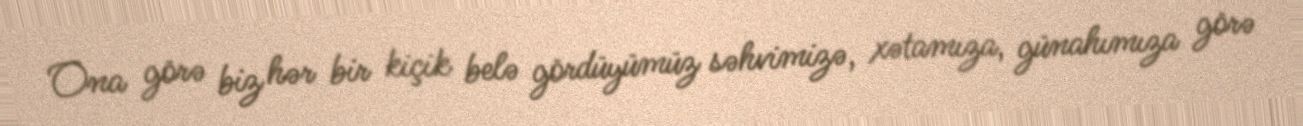
Ona görə biz hər bir kiçik belə gördüyümüz səhvimizə, xətamıza, günahımıza görə